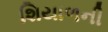
શિયાળની